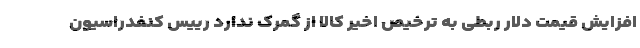
افزایش قیمت دلار ربطی به ترخیص اخیر کالا از گمرک ندارد رییس کنفدراسیون